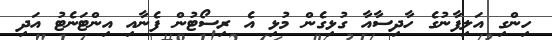
ހިންގި އަލިފާނުގެ ހާދިސާއާ ގުޅިގެން މުޅި އެ ރިސޯޓުން ފެނާއި އިންޓަނެޓު އަދި